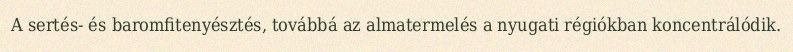
A sertés- és baromfitenyésztés, továbbá az almatermelés a nyugati régiókban koncentrálódik.